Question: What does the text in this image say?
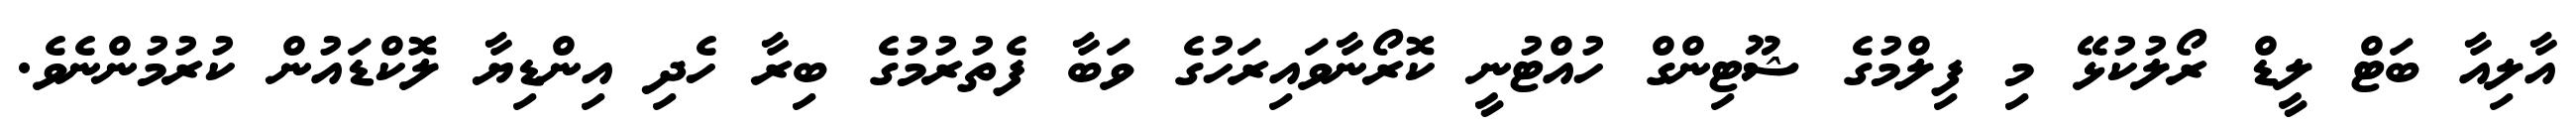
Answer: އާލިއާ ބަޓް ލީޑް ރޯލުކުޅޭ މި ފިލްމުގެ ޝޫޓިންގް ހުއްޓުނީ ކޮރޯނާވައިރަހުގެ ވަބާ ފެތުރުމުގެ ބިރާ ހެދި އިންޑިޔާ ލޮކްޑައުން ކުރުމުންނެވެ.